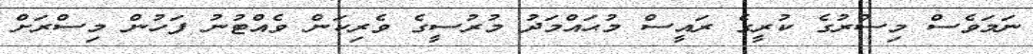
ނަމަވެސް މިސްރުގެ ކުރީގެ ރައީސް މުޙައްމަދު މުރުސީގެ ވެރިކަން ވެއްޓުނު ފަހުން މިސްރަށް